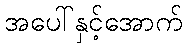
အပေါ်နှင့်အောက်